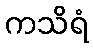
ကသိရံ